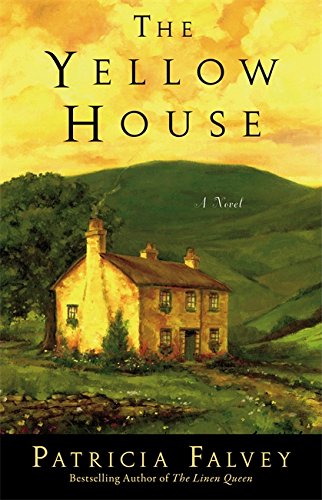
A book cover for The Yellow House: A Novel; Patricia Falvey; Romance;